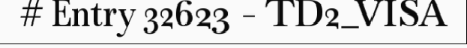
# Entry 32623 - TD2_VISA